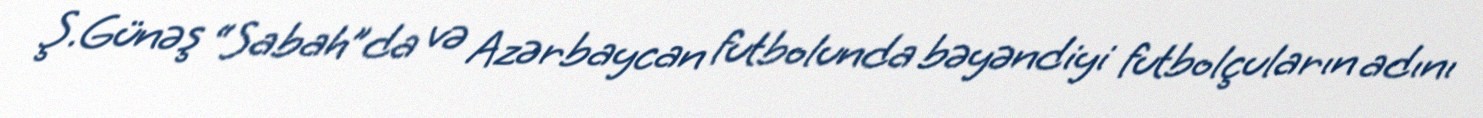
Ş.Günəş “Sabah”da və Azərbaycan futbolunda bəyəndiyi futbolçuların adını